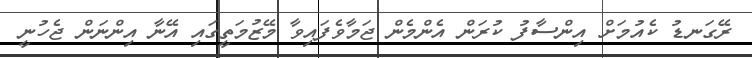
ރޭގަނޑު ކެއުމަށް އިންސާފު ކުރަން އެންމެން ޖަމާވެފައިވާ މޭޒުމަތީގައި އޭނާ އިންނަން ޖެހުނީ